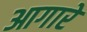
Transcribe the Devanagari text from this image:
आगारे